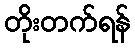
တိုးတက်ရန်